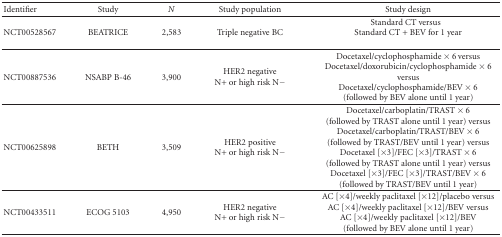
| Identifier | Study | N | Study population | Study design |
 | --- | --- | --- | --- | --- |
 | NCT00528567 | BEATRICE | 2,583 | Triple negative BC | Standard CT versusStandard CT + BEV for 1 year |
 | NCT00887536 | NSABP B-46 | 3,900 | HER2 negativeN+ or high risk N− | Docetaxel/cyclophosphamide × 6 versusDocetaxel/doxorubicin/cyclophosphamide × 6 versus Docetaxel/cyclophosphamide/BEV × 6 (followed by BEV alone until 1 year) |
 | NCT00625898 | BETH | 3,509 | HER2 positiveN+ or high risk N− | Docetaxel/carboplatin/TRAST × 6(followed by TRAST alone until 1 year) versusDocetaxel/carboplatin/TRAST/BEV × 6(followed by TRAST/BEV until 1 year) versusDocetaxel [×3]/FEC [×3]/TRAST × 6(followed by TRAST alone until 1 year) versusDocetaxel [×3]/FEC [×3]/TRAST/BEV × 6(followed by TRAST/BEV until 1 year) |
 | NCT00433511 | ECOG 5103 | 4,950 | HER2 negativeN+ or high risk N− | AC [×4]/weekly paclitaxel [×12]/placebo versusAC [×4]/weekly paclitaxel [×12]/BEV versusAC [×4]/weekly paclitaxel [×12]/BEV(followed by BEV alone until 1 year) |